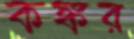
কঙ্কর